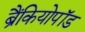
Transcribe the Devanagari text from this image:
ब्रैंकियोपॉड